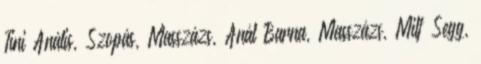
Tini Anális, Szopás, Masszázs, Anál Barna, Masszázs, Milf Segg,